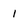
Character: 1